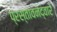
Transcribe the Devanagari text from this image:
प्रस्तावनेद्वारे